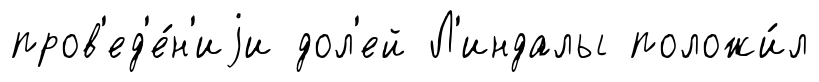
пров'ед'е́н'иjи дол'ей Л'индалы положи́л